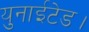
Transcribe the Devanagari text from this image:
युनाईटेड।